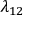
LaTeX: \lambda _ { 1 2 }